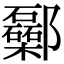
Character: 𨟥